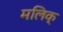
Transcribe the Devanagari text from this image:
मलिक्